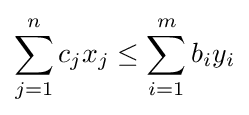
\sum _{j=1}^{n}c_{j}x_{j}\leq \sum _{i=1}^{m}b_{i}y_{i}